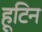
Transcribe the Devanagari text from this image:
हूटिन